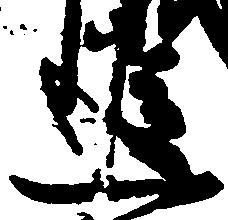
追